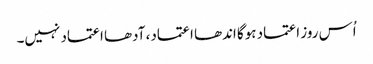
اُس روز اعتماد ہوگا اندھا اعتماد، آدھا اعتماد نہیں۔